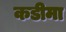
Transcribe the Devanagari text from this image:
कडीमा